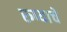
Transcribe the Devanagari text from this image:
रुप्याचे